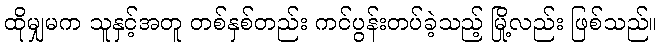
ထိုမျှမက သူနှင့်အတူ တစ်နှစ်တည်း ကင်ပွန်းတပ်ခဲ့သည့် မြို့လည်း ဖြစ်သည်။